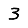
Digit: 3